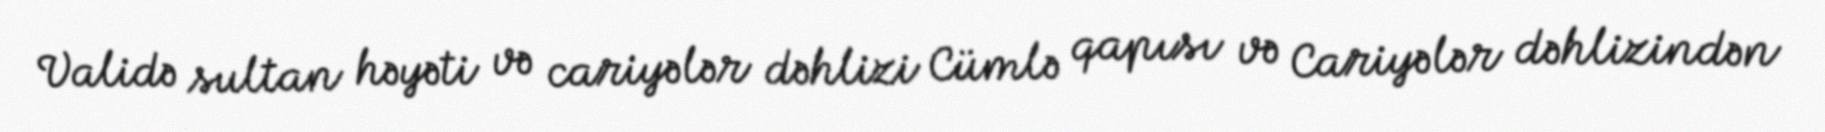
Validə sultan həyəti və cariyələr dəhlizi Cümlə qapısı və Cariyələr dəhlizindən